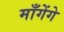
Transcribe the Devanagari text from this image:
माँगेंगे